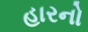
હારનો